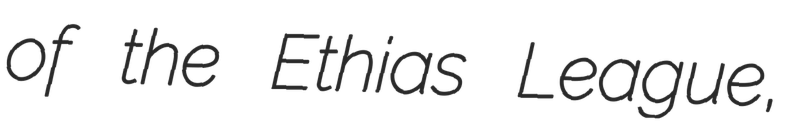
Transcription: of the Ethias League,